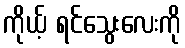
ကိုယ့် ရင်သွေးလေးကို